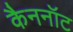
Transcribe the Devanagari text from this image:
कैननॉट